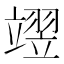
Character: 𮄺